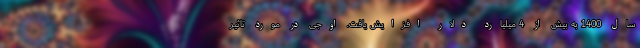
سال 1400 به بیش از 4 میلیارد دلار افزایش یافت. اوجی در مورد تاثیر